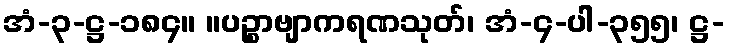
အံ-၃-ဋ္ဌ-၁၈၄။ ။ပဉ္စာဗျာကရဏသုတ်၊ အံ-၄-ပါ-၃၅၅၊ ဋ္ဌ-